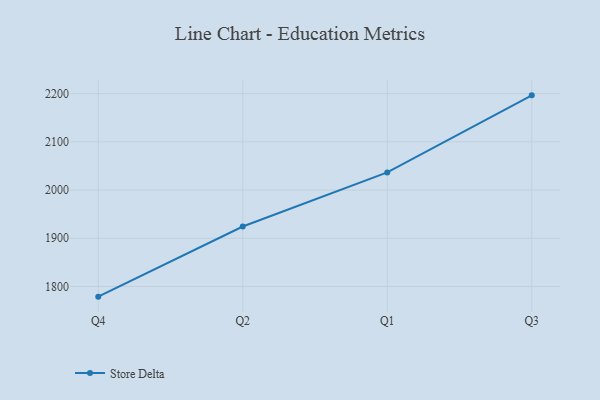
{"axis": {"x": "Quarter", "y": "Production Output"}, "legend": ["Store Delta"], "data": [{"x": "Q4", "y": 1778.9, "type": "Store Delta"}, {"x": "Q2", "y": 1924.4, "type": "Store Delta"}, {"x": "Q1", "y": 2036.6, "type": "Store Delta"}, {"x": "Q3", "y": 2196.4, "type": "Store Delta"}]}